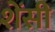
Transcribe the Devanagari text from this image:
शेंसी